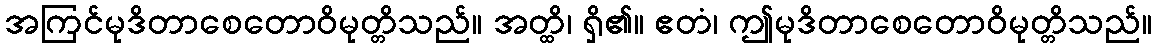
အကြင်မုဒိတာစေတောဝိမုတ္တိသည်။ အတ္ထိ၊ ရှိ၏။ ဧတံ၊ ဤမုဒိတာစေတောဝိမုတ္တိသည်။